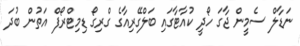
ނަޑާލް ސެމީން ޖާގަ ހޯދީ ކުއާޓާގައި ބަލްގޭރިއާގެ ގްރިގޯ ޑިމިޓްރޯފް އަތުން ބުދަ